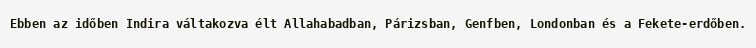
Ebben az időben Indira váltakozva élt Allahabadban, Párizsban, Genfben, Londonban és a Fekete-erdőben.